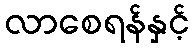
လာစေရန်နှင့်